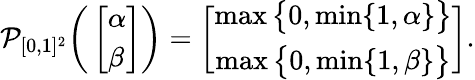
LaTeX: \mathcal{P}_{[0,1]^{2}}\bigg(\left[\begin{array}{l}{\alpha}\\ {\beta}\end{array}\right]\bigg)=\bigg[\begin{array}{c}{\operatorname*{max}\big\{ 0,\operatorname*{min}\{ 1,\alpha\} \big\} }\\ {\operatorname*{max}\big\{ 0,\operatorname*{min}\{ 1,\beta\} \big\} }\end{array}\bigg].